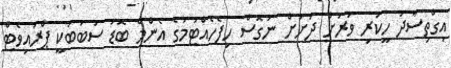
އިގްތިސާދު ހީކުރި ވަރަށް ދަށަށް ނުގޮސް ހިފެހެއްޓުމުގެ އެންމެ ބޮޑު ސަބަބަކީ ޕްރައިވެޓް